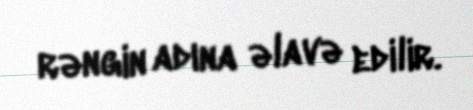
rəngin adına əlavə edilir.